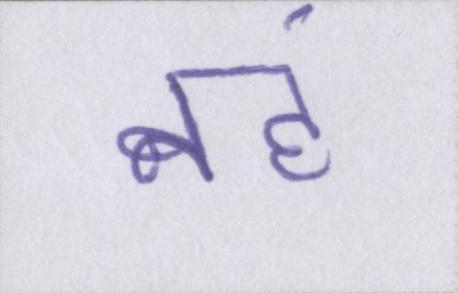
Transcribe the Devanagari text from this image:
नहं